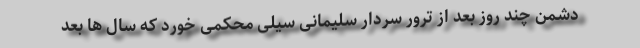
دشمن چند روز بعد از ترور سردار سلیمانی سیلی محکمی خورد که سال ها بعد